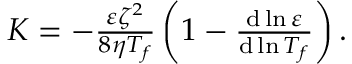
\begin{array} { r } { K = - \frac { \varepsilon \zeta ^ { 2 } } { 8 \eta T _ { f } } \left( 1 - \frac { \mathrm { d } \ln \varepsilon } { \mathrm { d } \ln T _ { f } } \right) . } \end{array}